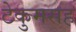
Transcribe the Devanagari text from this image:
टेकुमसह